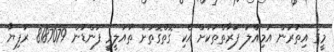
މީގެ އިތުރުން އަމިއްލަ ފަރާތްތަކަށް އެކި ގޮތްގޮތަށް ތައުލީމީ ފަންޑުން 8187079 ރުފިޔާ